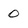
Character: 0